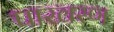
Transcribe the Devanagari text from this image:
पाखरण